65_HS1-834228961_62-HQ-83894_Section_4
Agency: FBI
Page 2
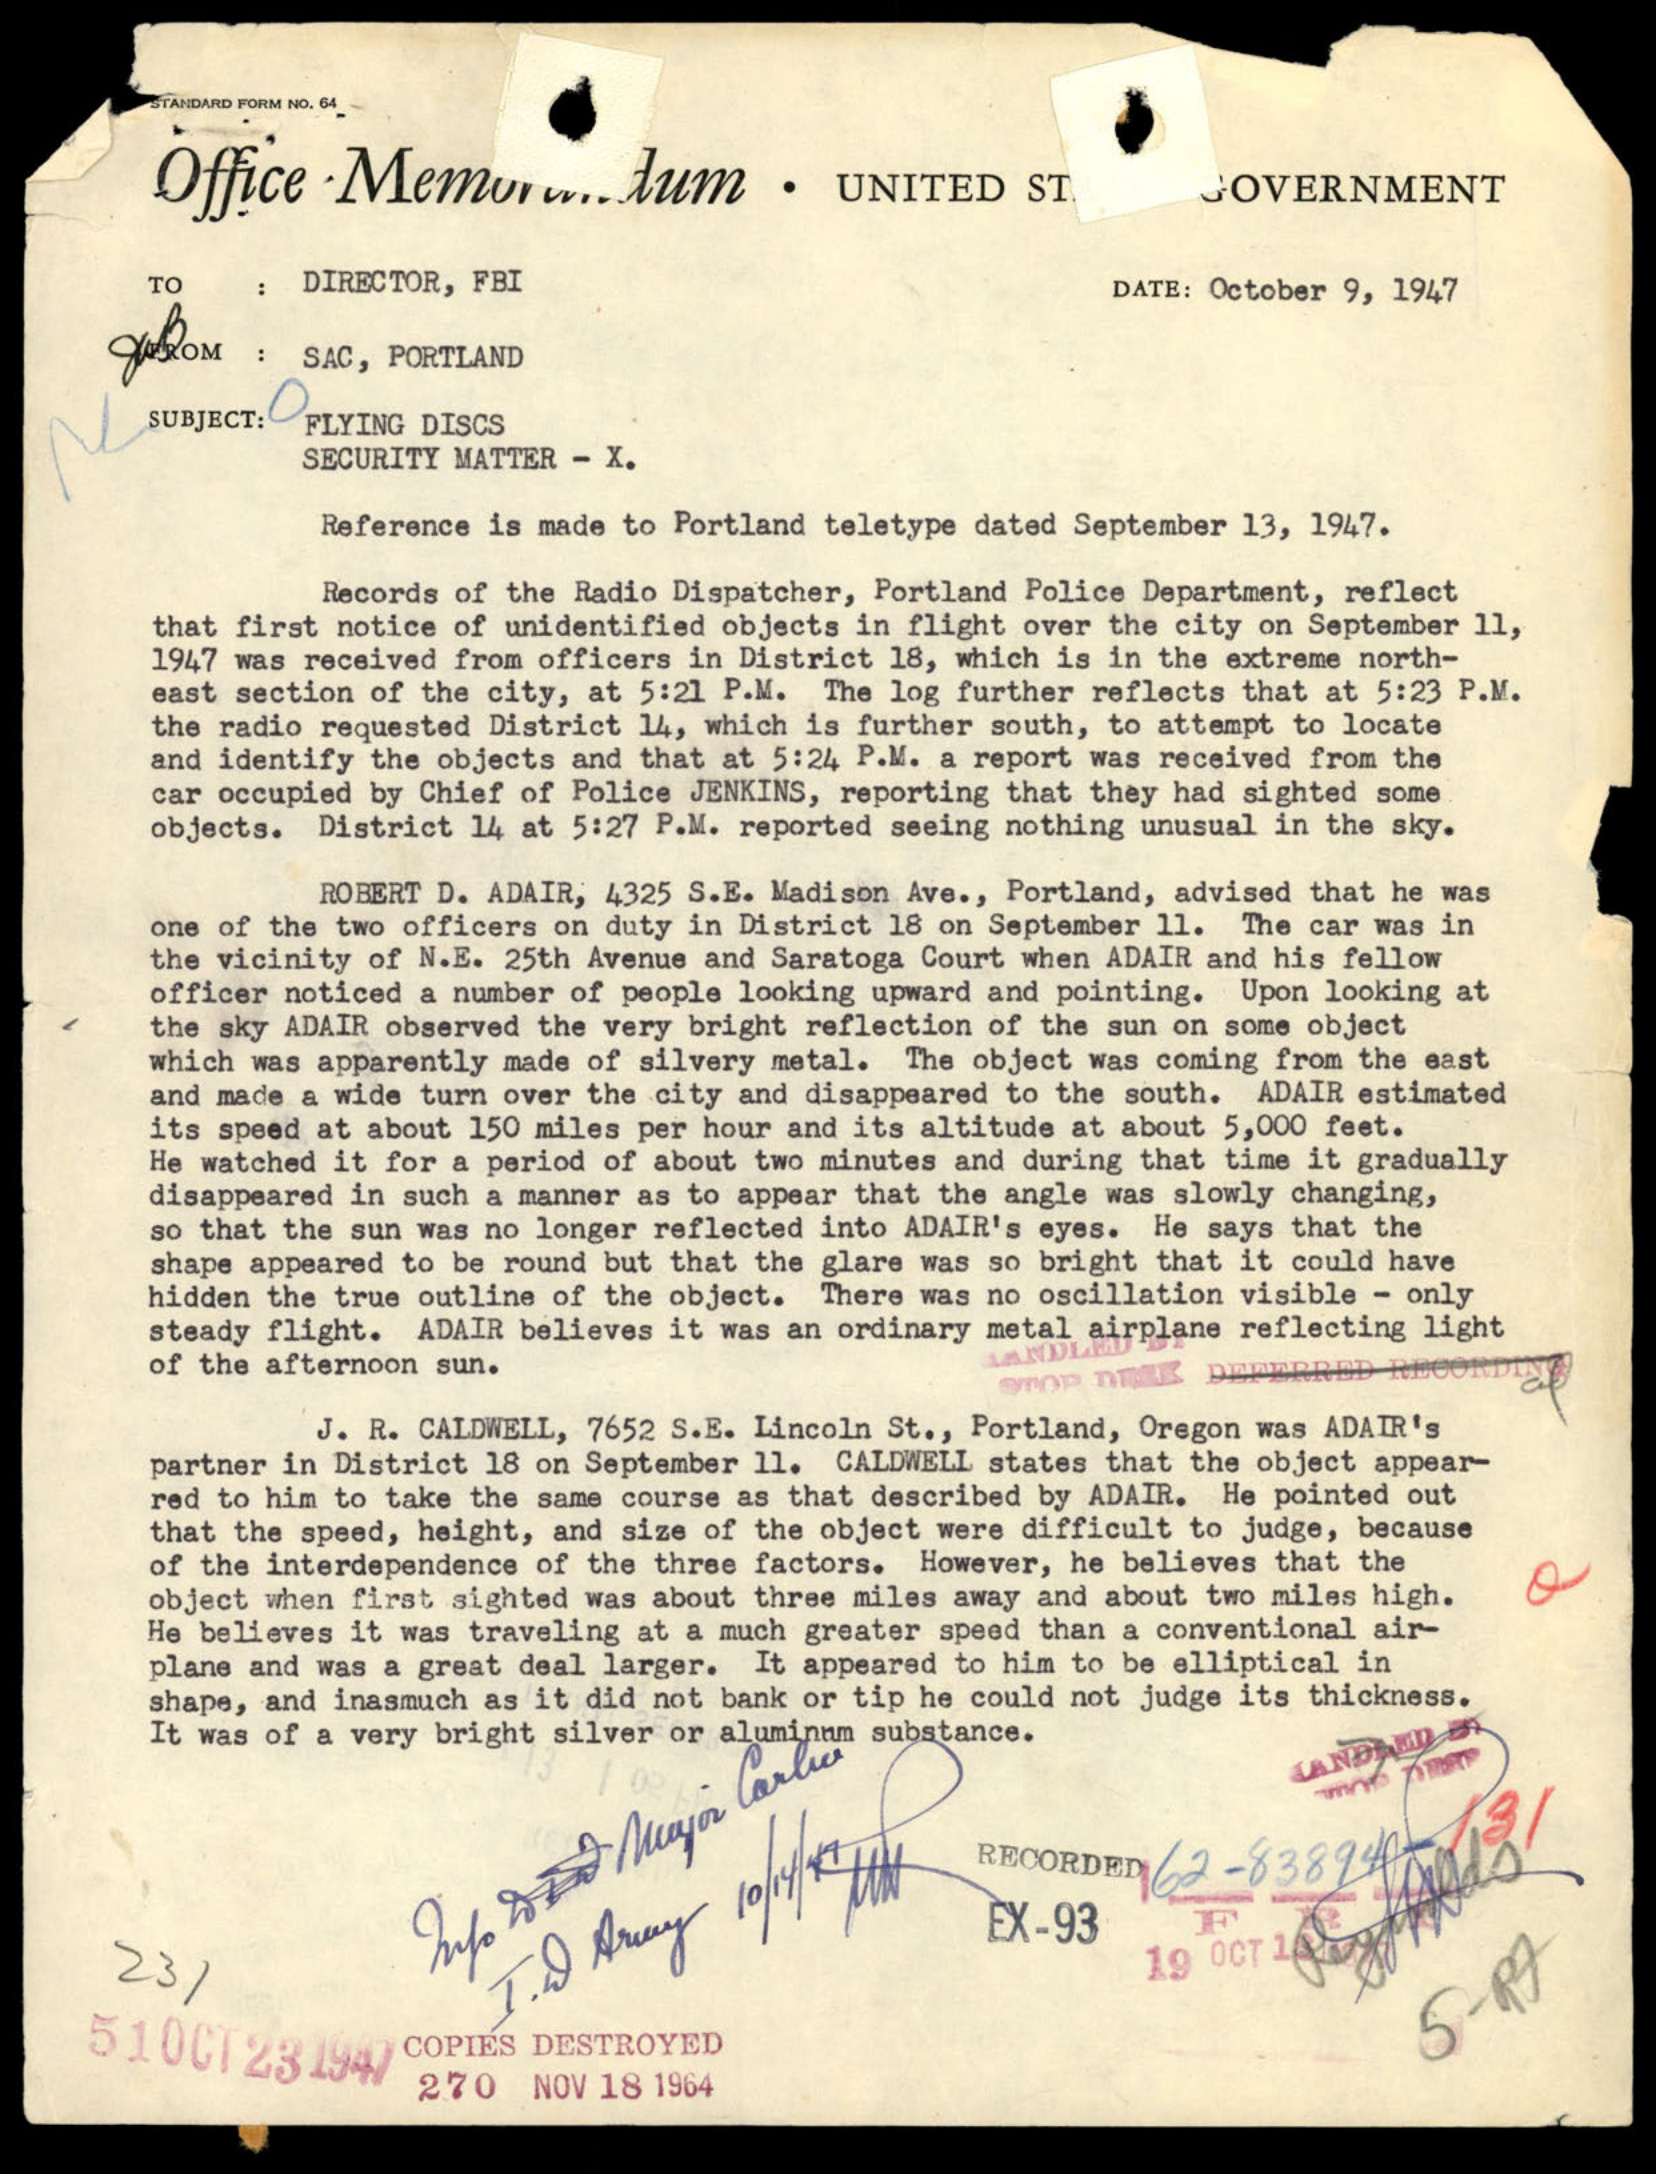